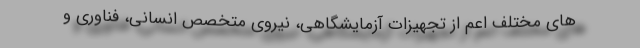
های مختلف اعم از تجهیزات آزمایشگاهی، نیروی متخصص انسانی، فناوری و